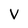
Character: V